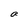
Character: a